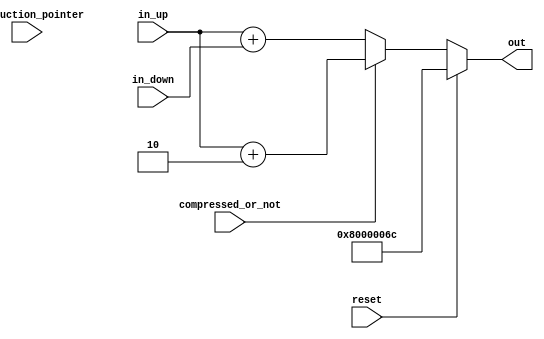
`timescale 1ns / 1ps
//////////////////////////////////////////////////////////////////////////////////
// Company: 
// Engineer: 
// 
// Design Name: 
// Module Name: extend
// Project Name: 
// Target Devices: 
// Tool Versions: 
// Description: 
// 
// Dependencies: 
// 
// Revision:
// Revision 0.01 - File Created
// Additional Comments:
// 
//////////////////////////////////////////////////////////////////////////////////


module pc_adder(
//compulsory input
    input [31:0] in_up,
    input [31:0] in_down,
//compulsory output
    output reg [31:0] out,
// my inout
    input reset,
    input compressed_or_not,
    input instruction_pointer
    );
    
    parameter [31:0] start_point = 32'h8000006c;
    
    always @ (*) begin //V2
        if (reset == 1) begin
            out = start_point;
        end
        else begin
            if (compressed_or_not == 0) begin
                out = in_up + in_down;
            end
            else begin
                out = in_up + 2;
            end
        end
    end
    
//    always @ (*) begin //V1
//        if (reset == 1) begin
//            out = 0;
//        end
//        else begin
//            if (compressed_or_not == 0) begin
//                out = in_up + in_down;
//            end
//            else begin
//                if (instruction_pointer == 1) begin
//                    out = in_up + in_down;
//                end
//                else begin
//                    out = in_up;
//                end
//            end
//        end
//    end
endmodule